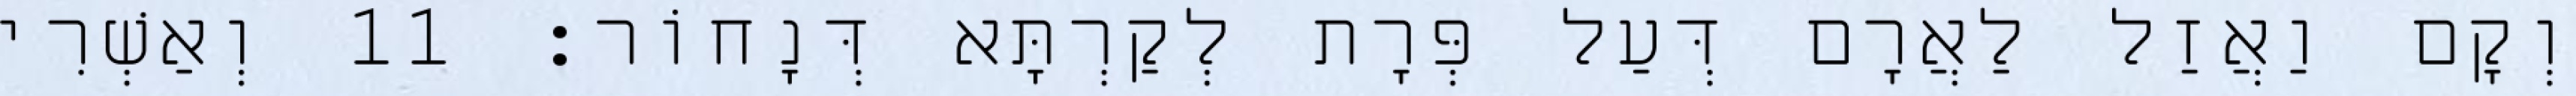
וְקָם וַאֲזַל לַאֲרָם דְּעַל פְּרָת לְקַרְתָּא דְּנָחוֹר׃ 11 וְאַשְׁרִי